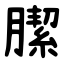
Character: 䐼